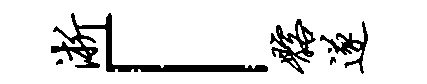
淅「髂遂